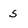
Character: 5